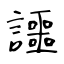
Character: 讍